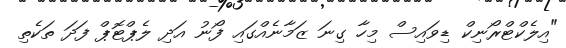
"އިލެކްޓްރޯނިކް ޑިވައިސް މިހާ ގިނަ ޒަމާނެއްގައި ފޯނު އަދި ލެޕްޓޮޕް ފަދަ ތަކެތި